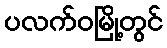
ပလက်ဝမြို့တွင်